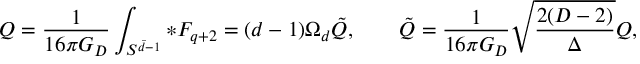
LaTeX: { \cal Q } = { \frac { 1 } { 1 6 \pi G _ { D } } } \int _ { S ^ { \bar { d } - 1 } } * F _ { q + 2 } = ( d - 1 ) \Omega _ { d } \tilde { Q } , \qquad \tilde { Q } = { \frac { 1 } { 1 6 \pi G _ { D } } } \sqrt { \frac { 2 ( D - 2 ) } { \Delta } } Q ,